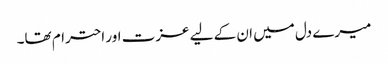
میرے دل میں ان کے لیے عزت اور احترام تھا۔